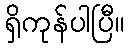
ရှိကုန်ပါပြီ။